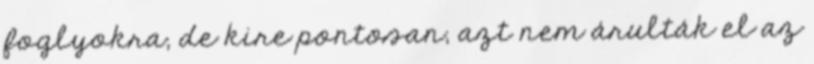
foglyokra, de kire pontosan, azt nem árulták el az